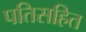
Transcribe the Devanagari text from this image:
पतिसहित